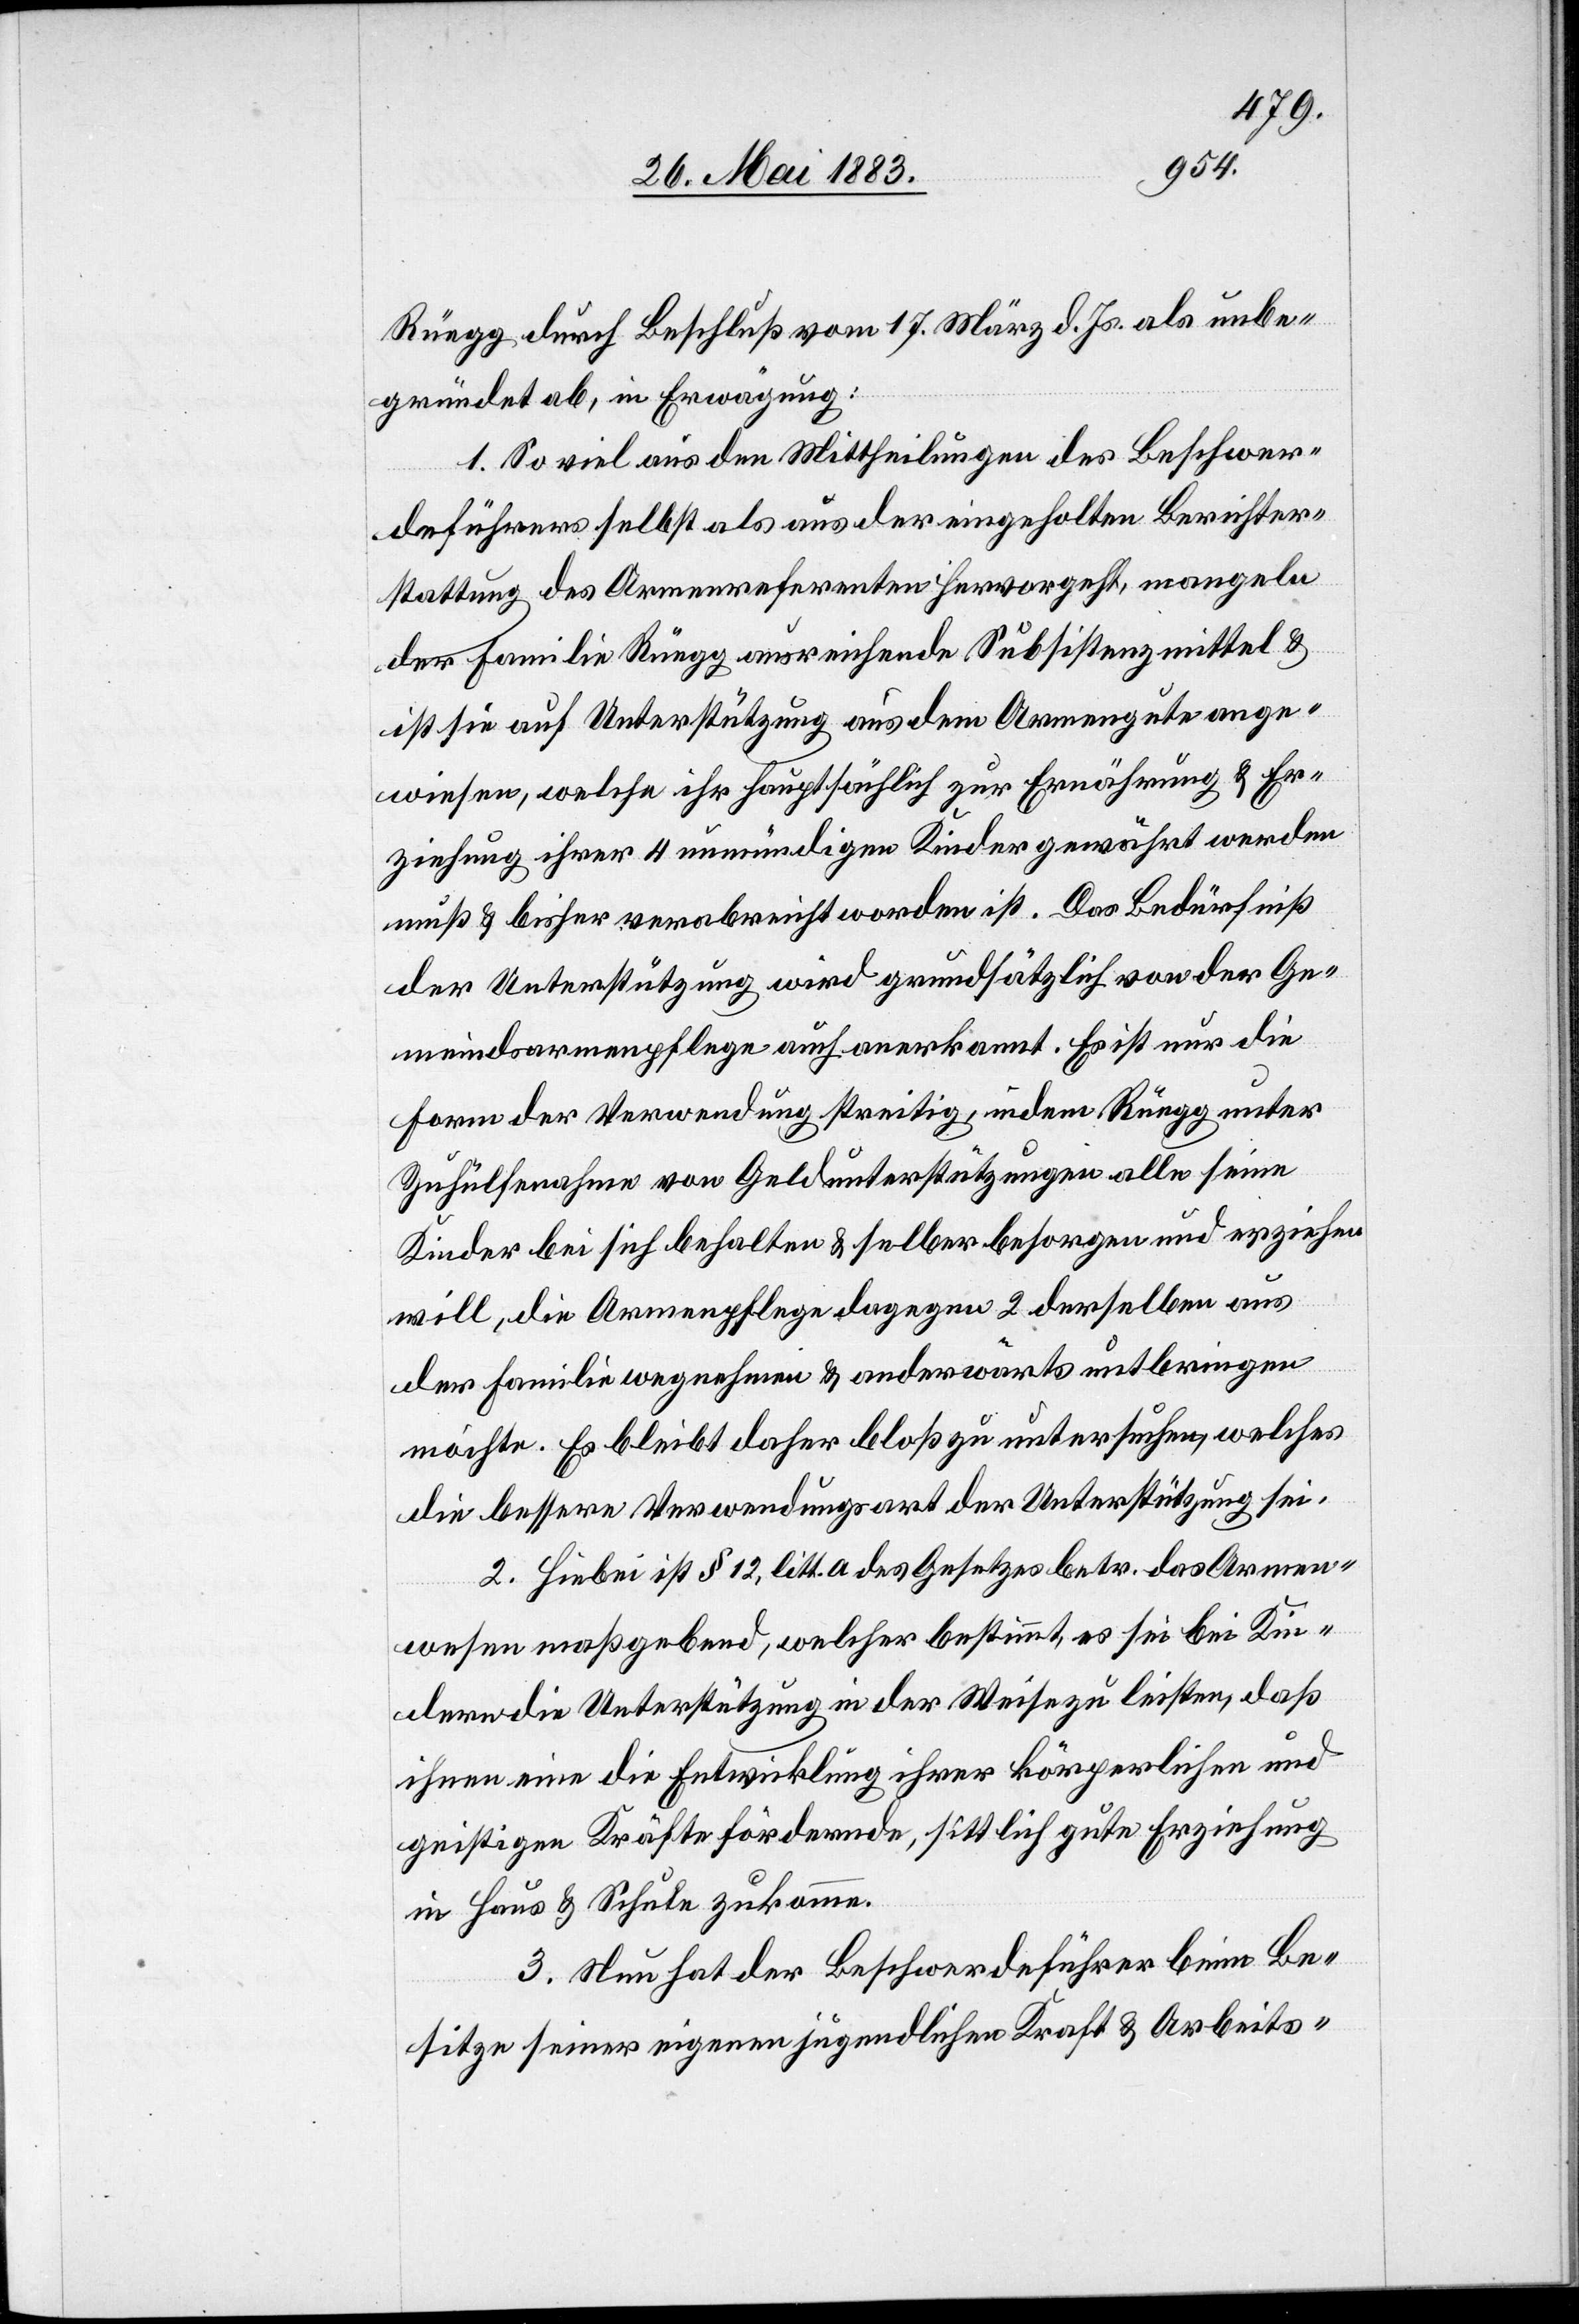
Rüegg durch Beschluß vom 17. März d. Js. als unbe¬
gründet ab, in Erwägung:
1. So viel aus den Mittheilungen des Beschwer¬
deführers selbst als aus der eingeholten Berichter¬
stattung des Armenreferenten hervorgeht, mangeln
der Familie Rüegg ausreichende Substistenzmittel &
ist sie auf Unterstützung aus dem Armengute ange¬
wiesen, welche ihr hauptsächlich zur Ernährung & Er¬
ziehung ihrer 4 unmündigen Kinder gewährt werden
muß & bisher verabreicht worden ist. Das Bedürfniß
der Unterstützung wird grundsätzlich von der Ge¬
meindsarmenpflege auch anerkannt. Es ist nur die
Form der Verwendung streitig, indem Rüegg unter
Zuhülfenahme von Geldunterstützungen alle seine
Kinder bei sich behalten & selber besorgen und erziehen
will, die Armenpflege dagegen 2 derselben aus
der Familie wegnehme & anderwärts unt[er]bringen
möchte. Es bleibt daher bloß zu untersuchen, welches
die bessere Verwendungsart der Unterstützung sei.
2. Hiebei ist § 12, litt. a des Gesetzes betr. das Armen¬
wesen maßgebend, welcher bestimmt, es sei bei Kin¬
dern die Unterstützung in der Weise zu leisten, daß
ihnen eine die Entwicklung ihrer körperlichen und
geistigen Kräfte fördernde, sittlich gute Erziehung
in Haus & Schule zukomme.
3. Nun hat der Beschwerdeführer beim Be¬
sitze seiner eigenen jugendlichen Kraft & Arbeits-